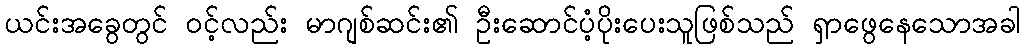
ယင်းအခွေတွင် ၀င့်လည်း မာဂျစ်ဆင်း၏ ဦးဆောင်ပံ့ပိုးပေးသူဖြစ်သည် ရှာဖွေနေသောအခါ